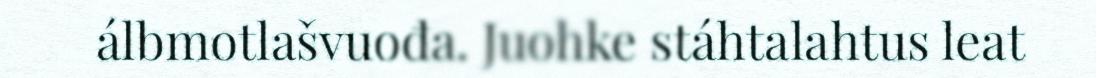
álbmotlašvuođa. Juohke stáhtalahtus leat